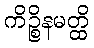
ကိဉ္စိနမတ္ထိ